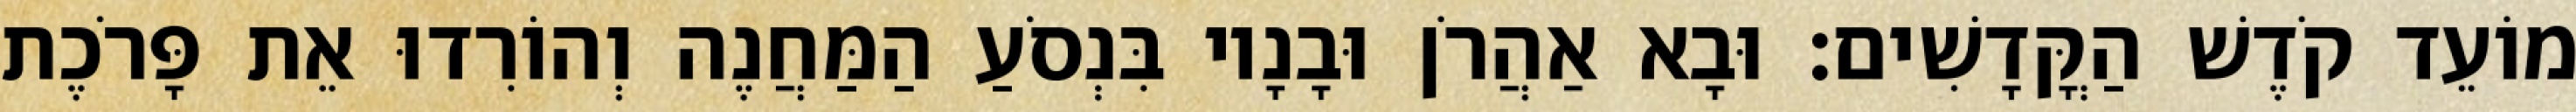
מוֹעֵד קֹדֶשׁ הַקֳּדָשִׁים׃ וּבָא אַהֲרֹן וּבָנָיו בִּנְסֹעַ הַמַּחֲנֶה וְהוֹרִדוּ אֵת פָּרֹכֶת